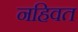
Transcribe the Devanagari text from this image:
नहिवत